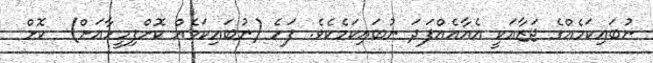
ނުބައިކަމެއްގެ ޖަޒާއަކީ އެއާއެއްފަދަ ނުބައިކަމެކެވެ. ފަހެ (ނުބައިކަމެއް ކޮށްފިމީހާއަށް)  ކޮށް